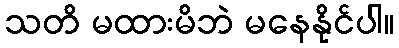
သတိ မထားမိဘဲ မနေနိုင်ပါ။